system: You are a helpful assistant.
user:
Analyze the provided spectrum to determine if it is a **Carbon Star (C-type)**.

- **Key Visual Indicators of Carbon Star:**
    - **(Primary):** Strong molecular absorption from **C₂ (diatomic carbon) "Swan Bands."** This is the **defining feature** of a carbon star.
        - **(Key Bandheads):** Sharp absorption edges are visible at approximately $5635$ Å, $5165$ Å (the strongest band), and $4737$ Å.
        - **(Line Profile):** Creates a distinct **"saw-tooth"** pattern. The key morphology is a sharp, steep bandhead on the **red (long-wavelength) side**, which then gradually tapers off (i.e., flux recovers) towards the **blue (short-wavelength) side**. *(This is the direct opposite of the TiO bands seen in M-type stars)*.

    - **(Secondary):** Intense **CN (cyanogen)** molecular absorption bands.
        - **(Key Bandheads):** Located in the blue and violet regions of the spectrum (e.g., near $4215$ Å and $3883$ Å).
        - **(Morphology):** These bands are extremely broad and act as a "blanket," absorbing the vast majority of blue and violet light. This creates a characteristic **"cliff"** or **"steep drop-off"** in the spectrum's flux at short wavelengths.

    - **(Key Confirmation):** Strong **CH absorption band (G-band)**.
        - **(Key Bandhead):** Located around $4300$ Å. The contribution from CH molecules to this band is exceptionally strong.

    - **(Overall Spectrum):**
        - The continuum is severely "chopped up" by these deep molecular bands, especially C₂, rather than appearing as a smooth curve.
        - Due to the heavy CN and C₂ absorption in the blue-green, the vast majority of the star's flux is concentrated in the red part of the spectrum, giving the star its characteristic deep red color.

Think first, call **spectral_visualization_tool** if needed to examine features in detail, then provide your final answer. Your response must adhere to the following strict rules:
1.  **Overall Structure:** Your response must follow the format `<think>...</think> <tool_call>...</tool_call> (if a tool is used) <answer>...</answer>`.
2.  **Tool Usage Constraint:** You may only make **one** tool call per turn.
3.  **Final Answer Format:** In the `<answer>` tag, your conclusion must be inside a `\boxed{}` command (e.g., `\boxed{YES}`), followed by your justification.

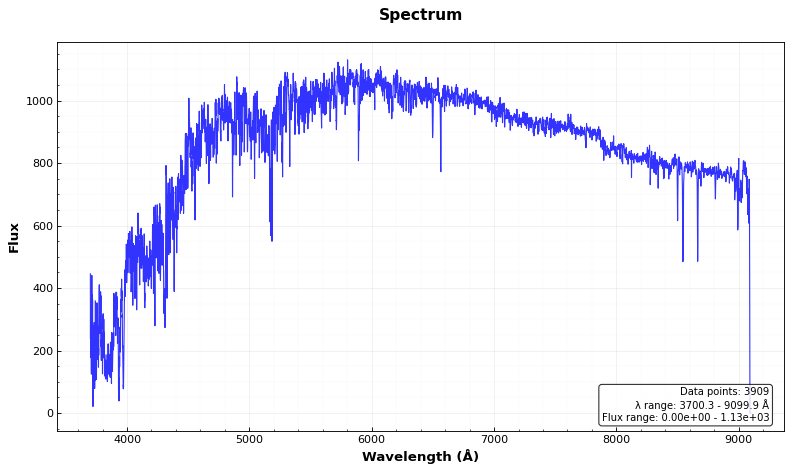
Answer: NO